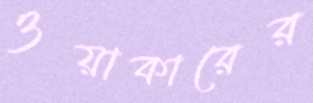
ওয়াকারের